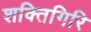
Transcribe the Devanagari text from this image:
शक्तिगिरि